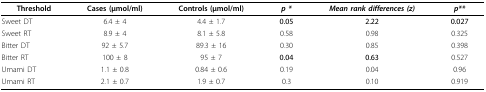
| Threshold | Cases (μmol/ml) | Controls (μmol/ml) | p * | Mean rank differences (z) | p** |
 | --- | --- | --- | --- | --- | --- |
 | Sweet DT | 6.4 ± 4 | 4.4 ± 1.7 | 0.05 | 2.22 | 0.027 |
 | Sweet RT | 8.9 ± 4 | 8.1 ± 5.8 | 0.58 | 0.98 | 0.325 |
 | Bitter DT | 92 ± 5.7 | 89.3 ± 16 | 0.30 | 0.85 | 0.398 |
 | Bitter RT | 100 ± 8 | 95 ± 7 | 0.04 | 0.63 | 0.527 |
 | Umami DT | 1.1 ± 0.8 | 0.84 ± 0.6 | 0.19 | 0.04 | 0.96 |
 | Umami RT | 2.1 ± 0.7 | 1.9 ± 0.7 | 0.3 | 0.10 | 0.919 |